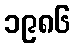
၁၉၈၆